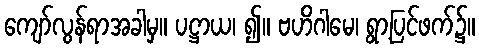
ကျော်လွန်ရာအခါမှ။ ပဋ္ဌာယ၊ ၍။ ဗဟိဂါမေ၊ ရွာ့ပြင်ဖက်၌။